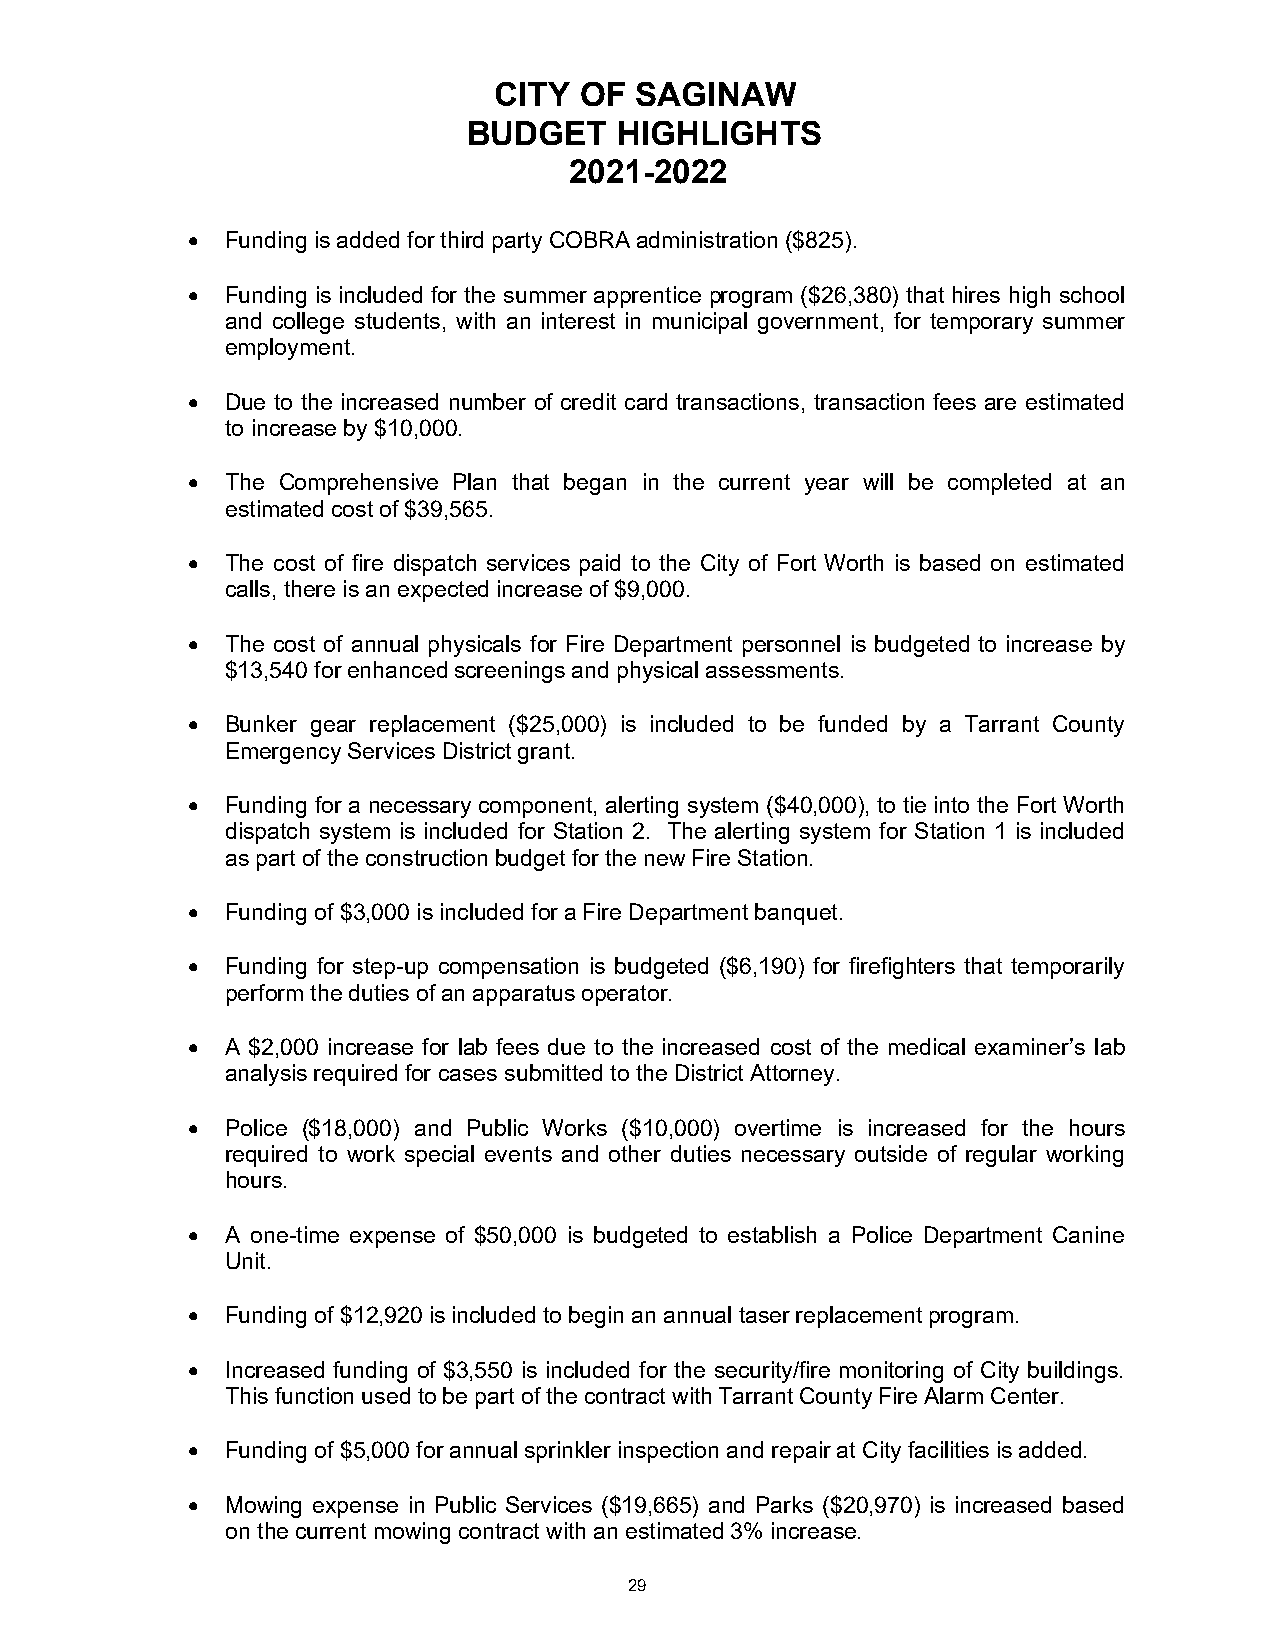
CITY OF  SAGINAW
 BUDGET    HIGHLIGHTS
 2021-2022
 •  Funding is added for third party COBRA administration ($825).
 •  Funding is included for the summer apprentice program ($26,380) that hires high school
 and college students, with an interest in municipal government, for temporary summer
 employment.
 •  Due to the increased number of credit card transactions, transaction fees are estimated
 to increase by $10,000.
 •  The Comprehensive Plan that began in the current year will be completed at an
 estimated cost of $39,565.
 •  The cost of fire dispatch services paid to the City of Fort Worth is based on estimated
 calls, there is an expected increase of $9,000.
 •  The cost of annual physicals for Fire Department personnel is budgeted to increase by
 $13,540 for enhanced screenings and physical assessments.
 •  Bunker gear replacement ($25,000) is included to be funded by a Tarrant County
 Emergency Services District grant.
 •  Funding for a necessary component, alerting system ($40,000), to tie into the Fort Worth
 dispatch system is included for Station 2. The alerting system for Station 1 is included
 as part of the construction budget for the new Fire Station.
 •  Funding of $3,000 is included for a Fire Department banquet.
 •  Funding for step-up compensation is budgeted ($6,190) for firefighters that temporarily
 perform the duties of an apparatus operator.
 •  A $2,000 increase for lab fees due to the increased cost of the medical examiner’s lab
 analysis required for cases submitted to the District Attorney.
 •  Police ($18,000) and Public Works ($10,000) overtime is increased for the hours
 required to work special events and other duties necessary outside of regular working
 hours.
 •  A one-time expense of $50,000 is budgeted to establish a Police Department Canine
 Unit.
 •  Funding of $12,920 is included to begin an annual taser replacement program.
 •  Increased funding of $3,550 is included for the security/fire monitoring of City buildings.
 This function used to be part of the contract with Tarrant County Fire Alarm Center.
 •  Funding of $5,000 for annual sprinkler inspection and repair at City facilities is added.
 •  Mowing expense in Public Services ($19,665) and Parks ($20,970) is increased based
 on the current mowing contract with an estimated 3% increase.
 29